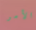
الأمر